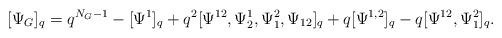
LaTeX: \begin{align*}[\Psi_G]_q=q^{N_G-1}-[\Psi^1]_q+ q^2 [\Psi^{12},\Psi^1_2,\Psi^2_1,\Psi_{12}]_q+ q [\Psi^{1,2}]_q - q [\Psi^{12},\Psi^2_1]_q.\end{align*}